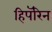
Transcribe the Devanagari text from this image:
हिपॅरिन